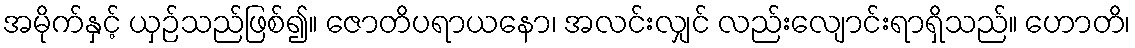
အမိုက်နှင့် ယှဉ်သည်ဖြစ်၍။ ဇောတိပရာယနော၊ အလင်းလျှင် လည်းလျောင်းရာရှိသည်။ ဟောတိ၊